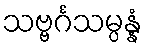
သဗ္ဗင်္ဂသမ္ပန္နံ